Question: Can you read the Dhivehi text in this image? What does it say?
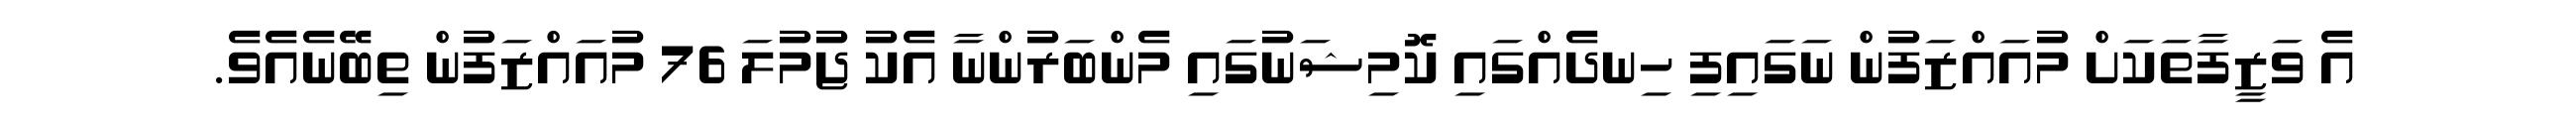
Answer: އެ ވަޒީފާތަކަށް މުއައްޒަފުން ނަގައިފި ހިނދެއްގައި ކޮމިޝަނުގައި މެންބަރުންނާ އެކު ޖުމުލަ 76 މުއައްޒަފުން ތިބޭނެއެވެ.